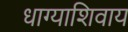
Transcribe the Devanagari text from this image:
धाग्याशिवाय